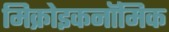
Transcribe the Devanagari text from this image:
मिक्रोइकनॉमिक